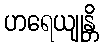
ဟရေယျုန္တိ